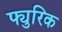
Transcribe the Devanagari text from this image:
फ्युरिक